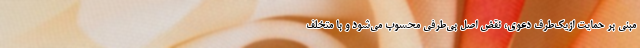
مبنی بر حمایت ازیک‌طرف دعوی، نقض اصل بی‌طرفی محسوب می‌شود و با متخلف